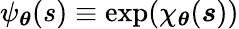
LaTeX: \psi_{\boldsymbol\theta}(s)\equiv\exp(\chi_{\boldsymbol\theta}(\boldsymbol s))